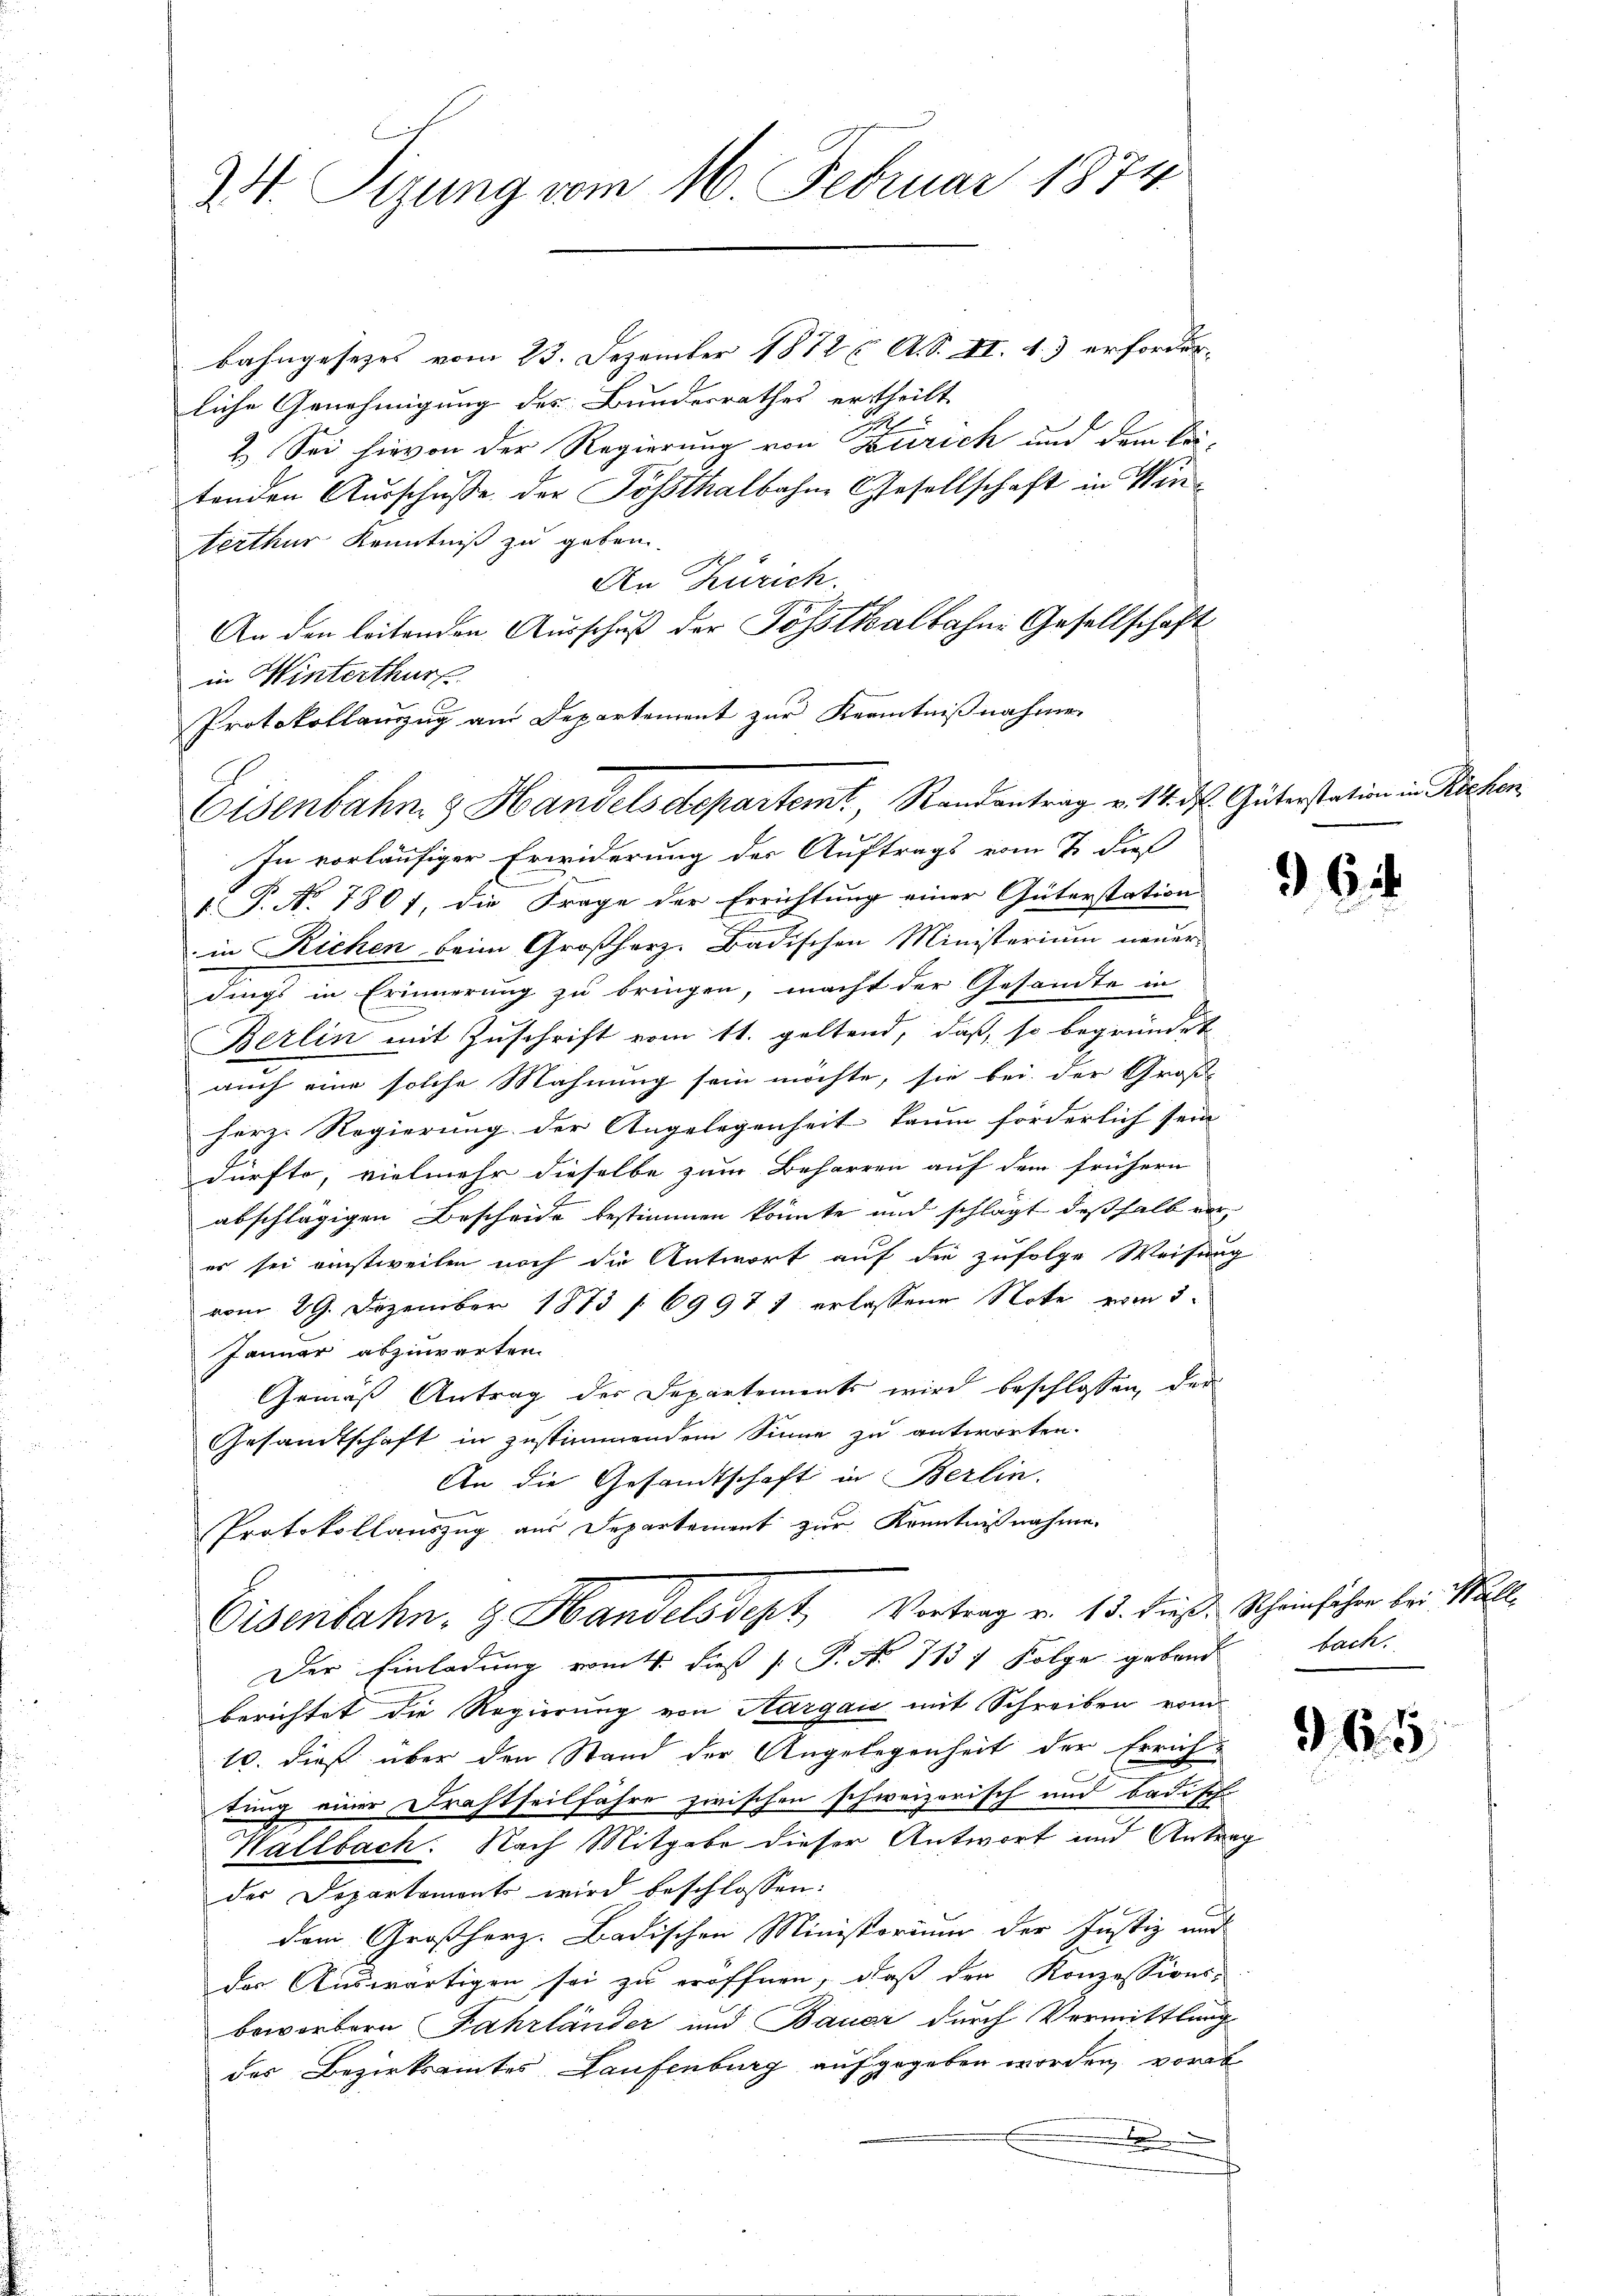
24. Sizung vom 16. Februar 1874

bahngesezes vom 23. Dezember 1872 ( A.S. II. 1.) erforder-
liche Genehmigung des Bundesrathes ertheilt
2. Sei hievon der Regierung von Zürich und dem Leitenden Ausschuße der Tößthalbahne Gesellschaft in Winterthur Kenntniß zu geben.
An Zürich.
An den leitenden Ausschuß der Posthalbahne Gesellschaft
in Winterthur
Protokollauszug am Departement zur Kenntnißnahme
Eisenbahn & Handelsdepartemt, Randantrag v. 14. ds. Güterstation in Rochen.

In vorläufiger Erwiderung der Auftrags vom 7. dieß
1. P. Nr. 1801, die Frage der Errichtŭng einer Güterstation
in Richen beim Großherz. Badischen Ministerium neuer-
dings in Erinnerung zu bringen, macht der Gesandte in
Berlin mit Zuschrift vom 11. geltend, daß, so begründet
auch eine solche Mahnung sein möchte, sie bei der Groß-
herz. Regierung der Angelegenheit kaum förderlich sein |
dürfte, vielmehr dieselbe zum Beharren auf dem frühern
abschlägigen Bescheide bestimmen könnte und schlägt deßhalb vorer sei einstweilen noch die Antwort auf die zufolge Weisung
vom 29. Dezember 1873 (69971 erlassene Note vom 3.
Januar abzuwarten.
Gemäss Antrag der Departements wird beschlossen, der
Gesamtschaft in zustimmendem Sinne zu antworten.
An die Gesandtschaft in Berlin.
Protokollauszug aus Departement zur Kenntnißnahme.
Eisenbahn- & Handelsdept, Vertrag von 13. dieß. Scheinfacher bei Wall
Der Einladung vom 4. dieß P. No 713 7 Folge gebend
berichtet die Regierung von Aargau mit Schreiben vom
10. dieß über den Stand der Angelegenheit der Errich-
tung einer Drahtheilfahre zwischen schweizerisch und Badische
Hallbach. Nach Mitgabe dieser Antwort und Antrag
der Departements wird beschlossen:
dem Großherz. Badischen Ministorium der Justiz und
der Auswärtigen sei zu eröffnen, daß den Konzessionsbeworbern Fahrländer und Bauer durch Vermittlung
des Bezirksamtes Laufenburg aufgegeben worden, vorab
.

bach.

65